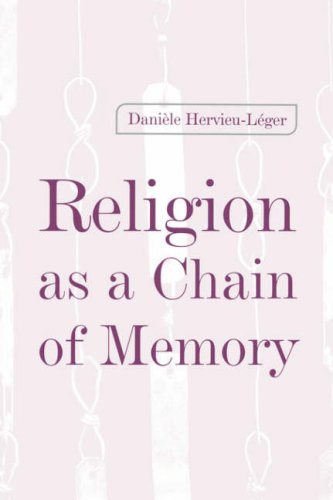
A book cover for Religion as a Chain of Memory; Daniele Hervieu-Leger; Religion & Spirituality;